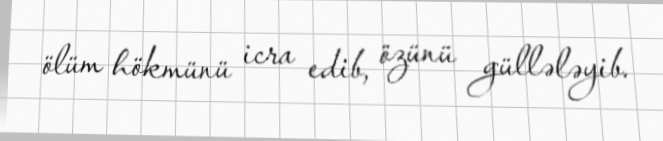
ölüm hökmünü icra edib, özünü güllələyib.